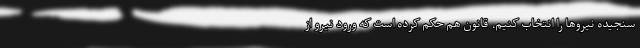
سنجیده نیروها را انتخاب کنیم. قانون هم حکم کرده است که ورود نیرو از